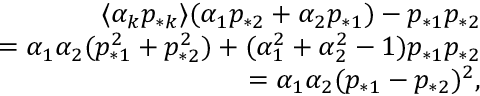
\begin{array} { r } { \langle \alpha _ { k } p _ { * k } \rangle ( \alpha _ { 1 } p _ { * 2 } + \alpha _ { 2 } p _ { * 1 } ) - p _ { * 1 } p _ { * 2 } } \\ { = \alpha _ { 1 } \alpha _ { 2 } ( p _ { * 1 } ^ { 2 } + p _ { * 2 } ^ { 2 } ) + ( \alpha _ { 1 } ^ { 2 } + \alpha _ { 2 } ^ { 2 } - 1 ) p _ { * 1 } p _ { * 2 } } \\ { = \alpha _ { 1 } \alpha _ { 2 } ( p _ { * 1 } - p _ { * 2 } ) ^ { 2 } , } \end{array}